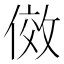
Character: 傚